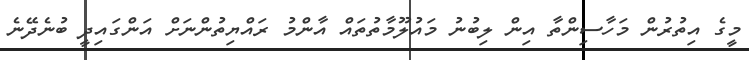
މީގެ އިތުރުން މަހާސިންތާ އިން ލިބުނު މައުލޫމާތުތައް އާންމު ރައްޔިތުންނަށް އަންގައިދީ ބުނެދޭނެ